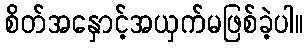
စိတ်အနှောင့်အယှက်မဖြစ်ခဲ့ပါ။